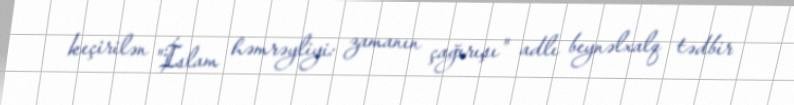
keçirilən "İslam həmrəyliyi: zamanın çağırışı" adlı beynəlxalq tədbir